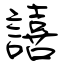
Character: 譆